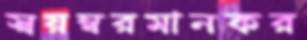
স্বয়ম্বরমানকর